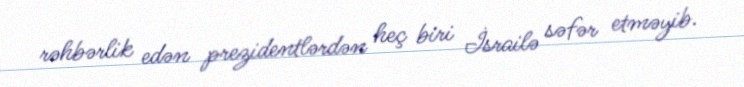
rəhbərlik edən prezidentlərdən heç biri İsrailə səfər etməyib.